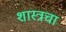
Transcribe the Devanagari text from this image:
शास्त्रचा